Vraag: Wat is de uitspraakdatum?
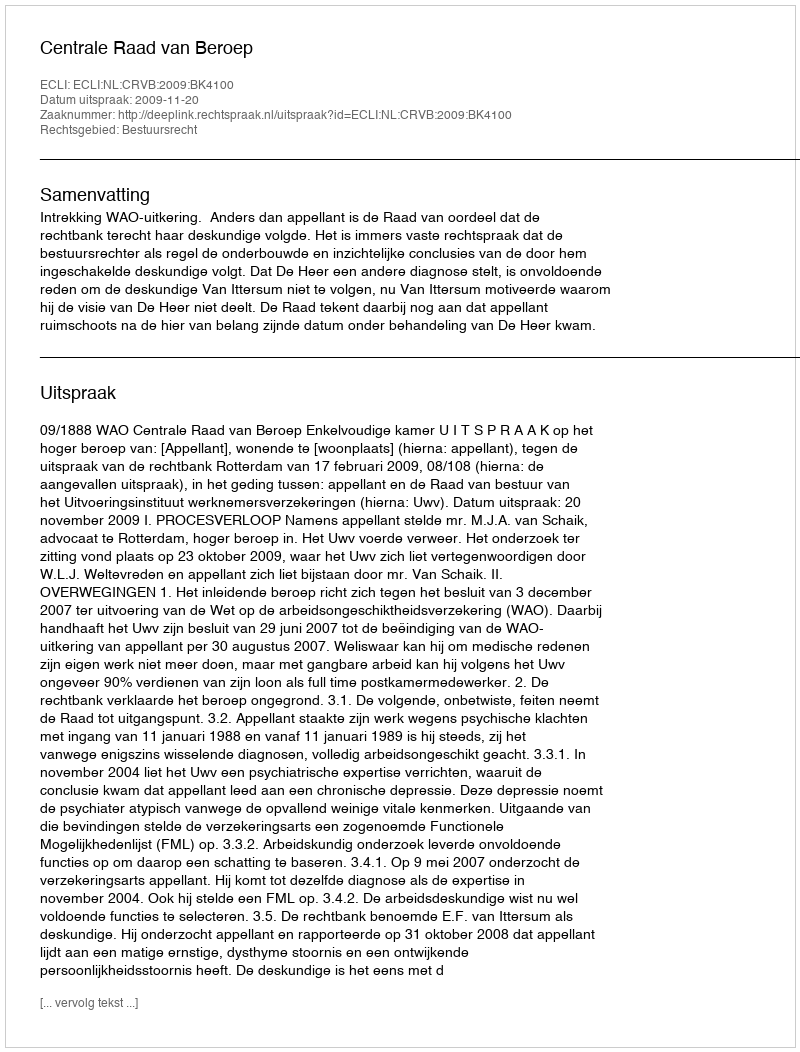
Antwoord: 2009-11-20